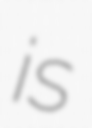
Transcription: is